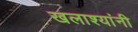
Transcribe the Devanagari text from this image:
खलाश्यांनी